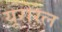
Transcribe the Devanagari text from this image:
यूरोरेल